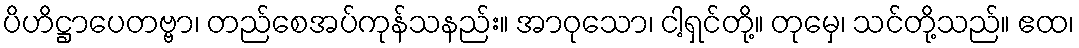
ပိဟိဋ္ဌာပေတဗ္ဗာ၊ တည်စေအပ်ကုန်သနည်း။ အာဝုသော၊ ငါ့ရှင်တို့။ တုမှေ၊ သင်တို့သည်။ ဧထ၊